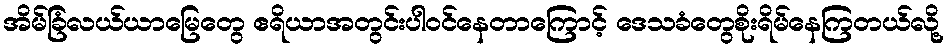
အိမ်ခြံလယ်ယာမြေတွေ ဧရိယာအတွင်းပါဝင်နေတာကြောင့် ဒေသခံတွေစိုးရိမ်နေကြတယ်လို့